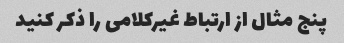
پنج مثال از ارتباط غیرکلامی را ذکر کنید